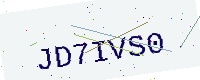
Text: JD7IVS0